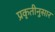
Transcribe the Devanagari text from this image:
प्रकृतीनुसार